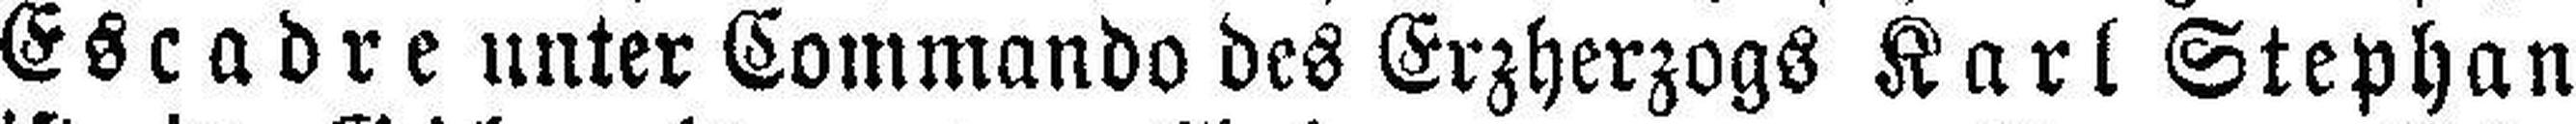
Escadre unter Commando des Erzherzogs Karl Stephan